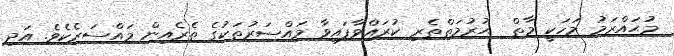
މުޙައްރަމު މަހަކީ މާތް  ޙުރުމަތްތެރި ކުރައްވާފައިވާ މައްސަރުތަކުގެ ތެރެއިން މައްސަރެކެވެ. އަދި